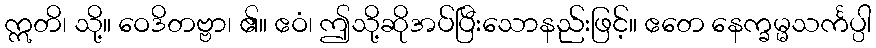
ဣတိ၊ သို့။ ဝေဒိတဗ္ဗာ၊ ၏။ ဧဝံ၊ ဤသို့ဆိုအပ်ပြီးသောနည်းဖြင့်။ ဧတေ နေက္ခမ္မသင်္ကပ္ပါ